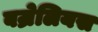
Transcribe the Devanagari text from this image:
बज्रेलियस